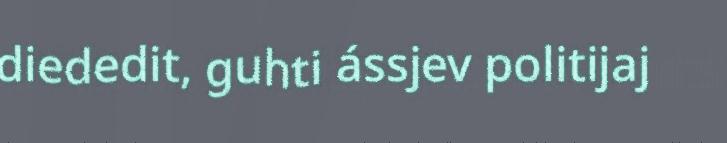
diededit, guhti ássjev politijaj